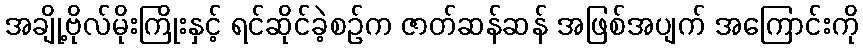
အချို့ဗိုလ်မိုးကြိုးနှင့် ရင်ဆိုင်ခဲ့စဉ်က ဇာတ်ဆန်ဆန် အဖြစ်အပျက် အကြောင်းကို